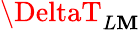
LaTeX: \DeltaT_{L\mathbf{M}}